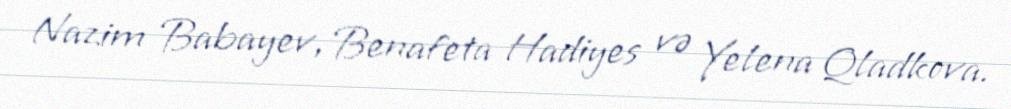
Nazim Babayev, Benafeta Hadiyes və Yelena Qladkova.